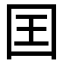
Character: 囯